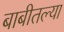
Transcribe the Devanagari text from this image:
बाबीतल्या